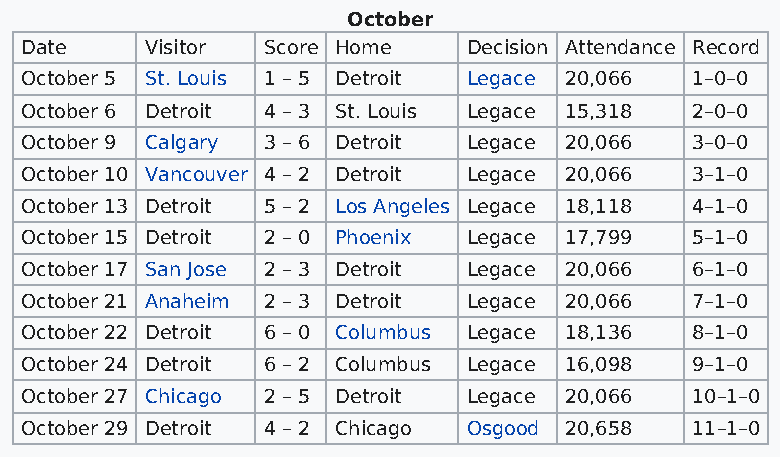
October
 Date     Visitor Score Home   Decision Attendance Record
 October 5 St. Louis 1 – 5 Detroit Legace 20,066 1–0–0
 October 6 Detroit 4 – 3 St. Louis Legace 15,318 2–0–0
 October 9 Calgary 3 – 6 Detroit Legace 20,066 3–0–0
 October 10 Vancouver 4 – 2 Detroit Legace 20,066 3–1–0
 October 13 Detroit 5 – 2 Los Angeles Legace 18,118 4–1–0
 October 15 Detroit 2 – 0 Phoenix Legace 17,799 5–1–0
 October 17 San Jose 2 – 3 Detroit Legace 20,066 6–1–0
 October 21 Anaheim 2 – 3 Detroit Legace 20,066 7–1–0
 October 22 Detroit 6 – 0 Columbus Legace 18,136 8–1–0
 October 24 Detroit 6 – 2 Columbus Legace 16,098 9–1–0
 October 27 Chicago 2 – 5 Detroit Legace 20,066 10–1–0
 October 29 Detroit 4 – 2 Chicago Osgood 20,658 11–1–0